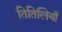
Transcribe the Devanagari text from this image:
तितिलियाँ